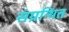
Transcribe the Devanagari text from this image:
संग्रन्थित